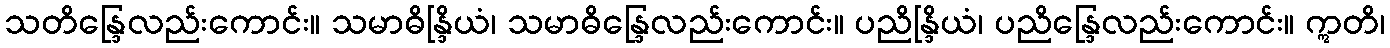
သတိန္ဒြေလည်းကောင်း။ သမာဓိန္ဒြိယံ၊ သမာဓိန္ဒြေလည်းကောင်း။ ပညိန္ဒြိယံ၊ ပညိန္ဒြေလည်းကောင်း။ ဣတိ၊